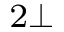
^ { 2 \bot }